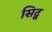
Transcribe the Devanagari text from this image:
सिद्ब